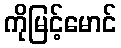
ကိုမြင့်မောင်